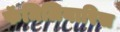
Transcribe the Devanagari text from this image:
फॅमिलियारिस